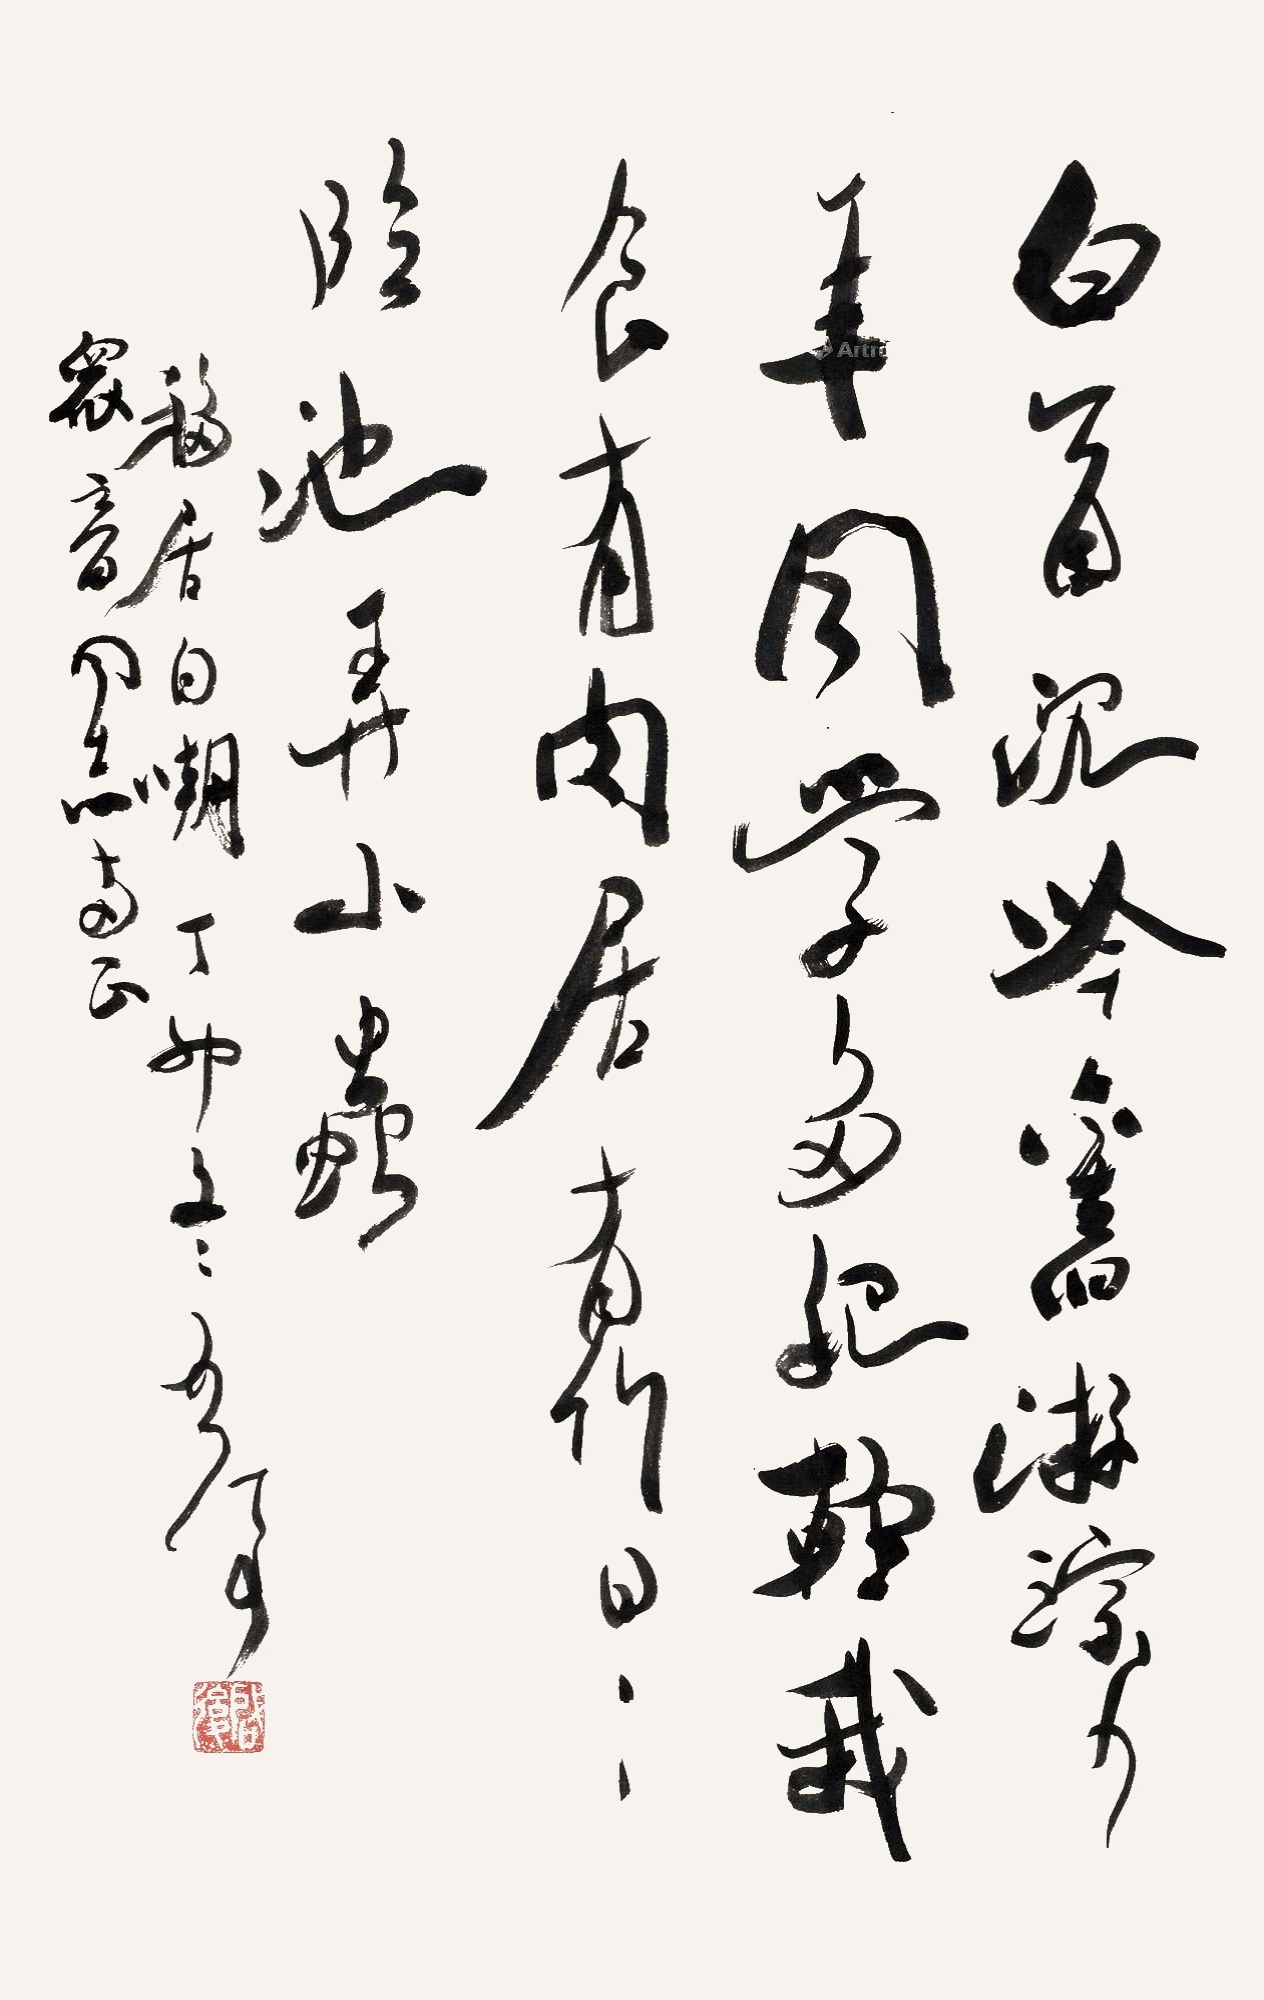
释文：白首沉吟旧游踪，少年同学多肥轻。我食有肉居有竹，日日临池弄小虫。众音同志两正，移居自嘲，丁卯冬启后。